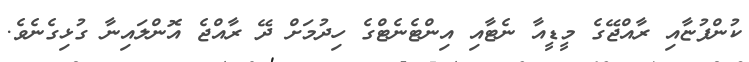
ކުންފުޏާއި ރާއްޖޭގެ މީޑީއާ ނެޓާއި އިންޓެނެޓްގެ ހިދުމަށް ދޭ ރާއްޖެ އޮންލައިނާ ގުޅިގެނެވެ.